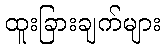
ထူးခြားချက်များ